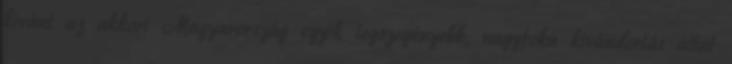
kívánt az akkori Magyarország egyik legszegényebb, nagyfokú kivándorlás által